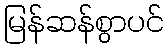
မြန်ဆန်စွာပင်